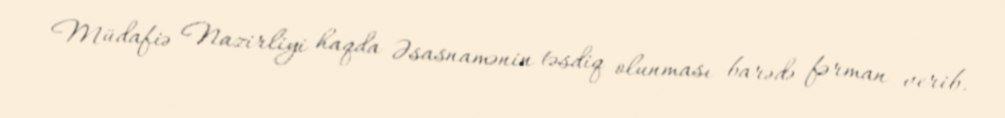
Müdafiə Nazirliyi haqda Əsasnamənin təsdiq olunması barədə fərman verib.